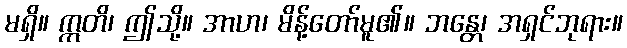
မရှိ။ ဣတိ၊ ဤသို့။ အာဟ၊ မိန့်တော်မူ၏။ ဘန္တေ၊ အရှင်ဘုရား။